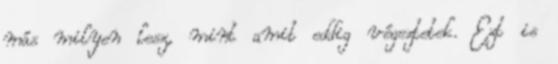
más milyen lesz, mint amit eddig végeztetek. Ezt is